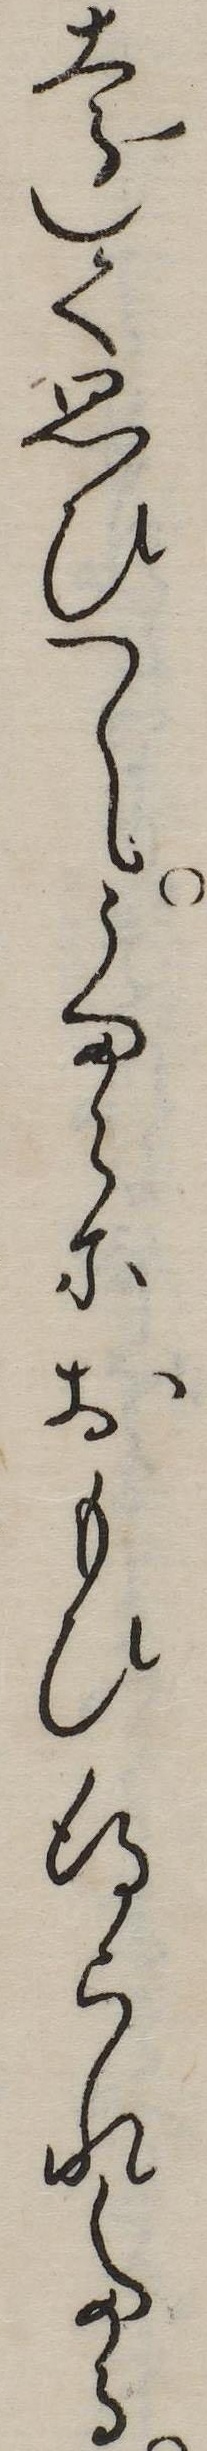
遠く思ひてうまらにおもひ得られたる